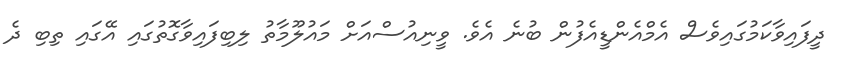
ދީފައިވާކަމުގައިވެސް އެމްއެންޑީއެފުން ބުނެ އެވެ. ވީނިއުސްއަށް މައުލޫމާތު ލިބިފައިވާގޮތުގައި އޭގައި ތިބި ދެ